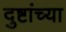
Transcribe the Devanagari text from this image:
दुष्टांच्या